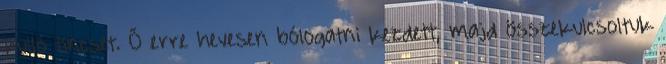
hulló tincset. Ő erre hevesen bólogatni kezdett, majd összekulcsoltuk